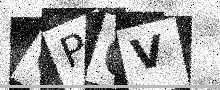
Text: GPOV